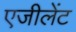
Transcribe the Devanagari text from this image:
एजीलेंट